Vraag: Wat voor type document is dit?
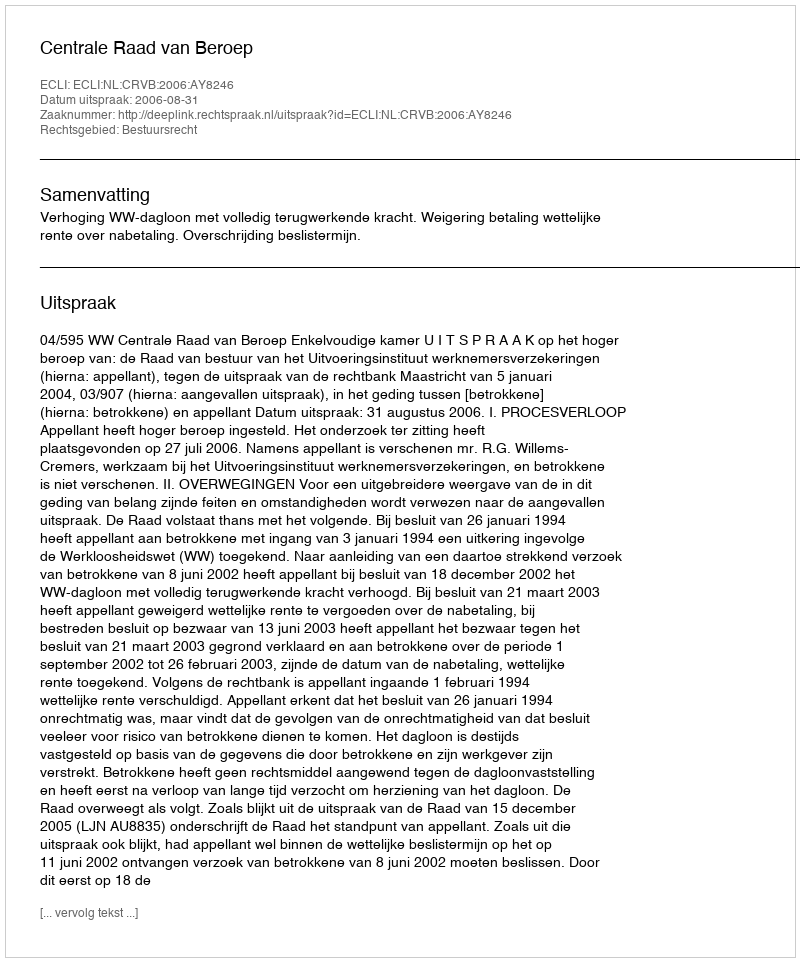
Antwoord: Uitspraak